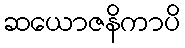
ဆယောဇနိကာပိ